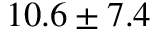
1 0 . 6 \pm 7 . 4